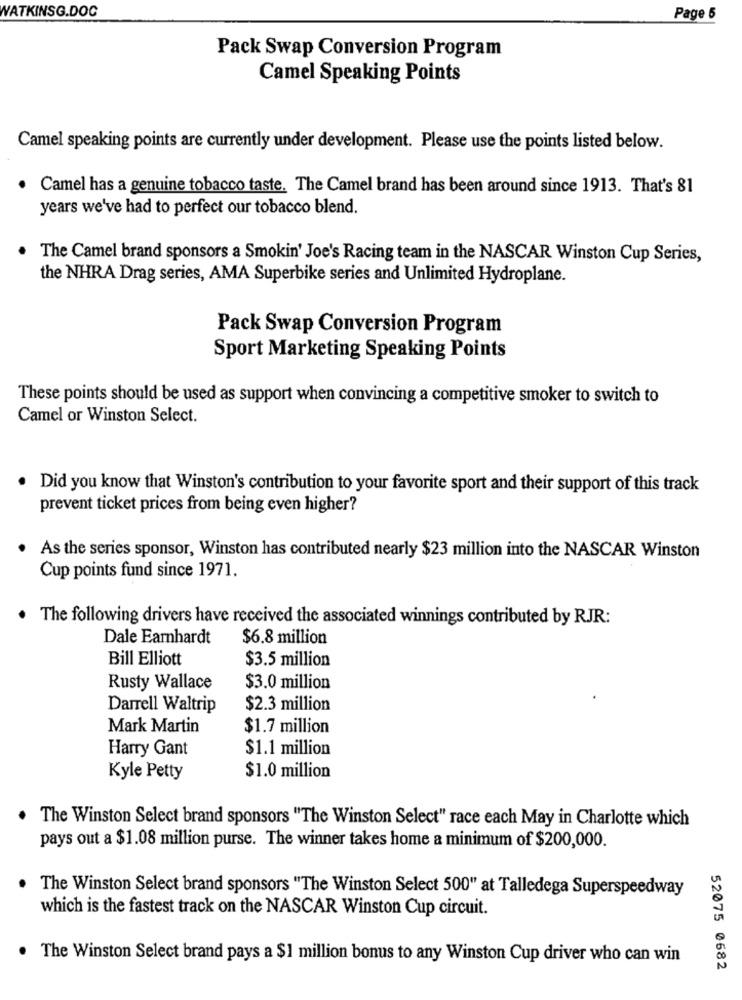
WATKINSG.DOC
Page 5
Pack Swap Conversion Program
Camel Speaking Points
Camel speaking points are currently under development. Please use the points listed below.
Camel has a genuine tobacco taste. The Camel brand has been around since 1913. That's 81
years we've had to perfect our tobacco blend.
. The Camel brand sponsors a Smokin' Joe's Racing team in the NASCAR Winston Cup Series,
the NHRA Drag series, AMA Superbike series and Unlimited Hydroplane.
Pack Swap Conversion Program
Sport Marketing Speaking Points
These points should be used as support when convincing a competitive smoker to switch to
Camel or Winston Select.
. Did you know that Winston's contribution to your favorite sport and their support of this track
prevent ticket prices from being even higher?
As the series sponsor, Winston has contributed nearly $23 million into the NASCAR Winston
Cup points fund since 1971.
. The following drivers have received the associated winnings contributed by RJR:
Dale Earnhardt
$6.8 million
Bill Elliott
$3.5 million
Rusty Wallace
$3.0 million
Darrell Waltrip
$2.3 million
Mark Martin
$1.7 million
Harry Gant
$1.1 million
Kyle Petty
$1.0 million
The Winston Select brand sponsors "The Winston Select" race each May in Charlotte which
pays out a $1.08 million purse. The winner takes home a minimum of $200,000.
The Winston Select brand sponsors "The Winston Select 500" at Talledega Superspeedway
which is the fastest track on the NASCAR Winston Cup circuit.
The Winston Select brand pays a $1 million bonus to any Winston Cup driver who can win
52075 0682